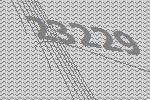
23229